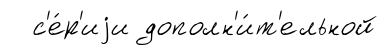
с'е́р'иjи дополн'и́т'ельной